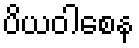
ပိယဝါစေန